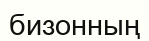
бизонның